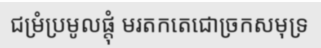
ជម្រំប្រមូលផ្តុំ មរតកតេជោច្រកសមុទ្រ